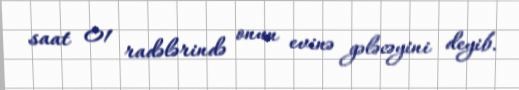
saat 01 radələrində onun evinə gələcəyini deyib.